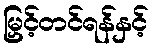
မြှင့်တင်ရန်နှင့်